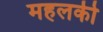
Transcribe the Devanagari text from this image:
महलकी